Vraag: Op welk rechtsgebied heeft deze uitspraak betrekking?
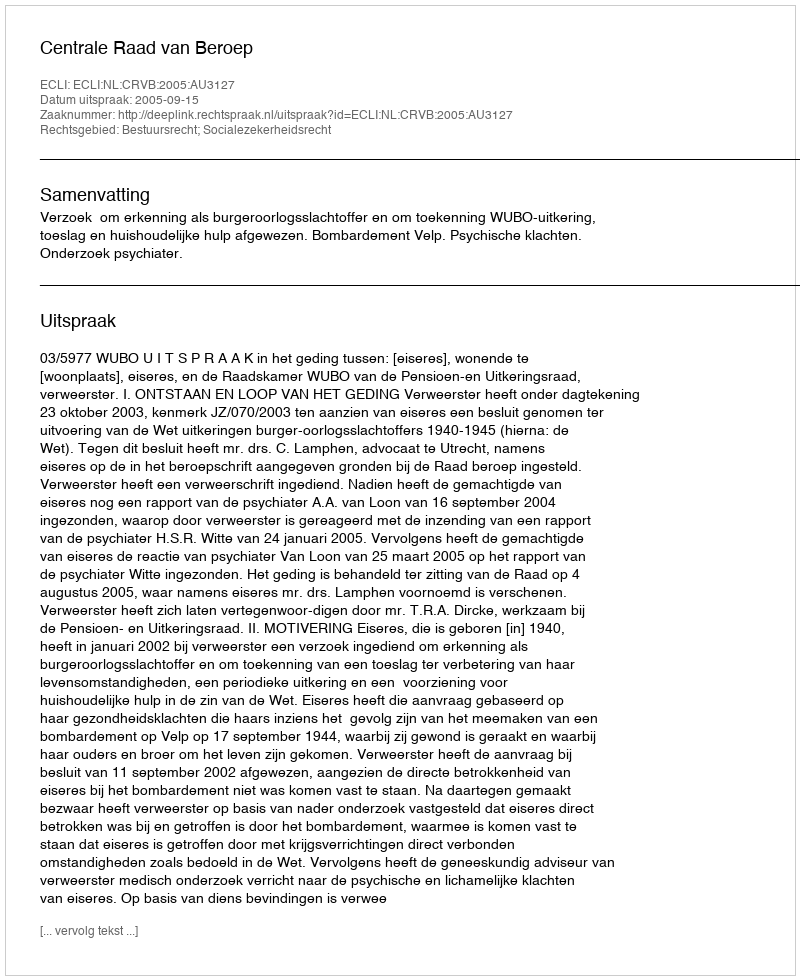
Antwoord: Bestuursrecht; Socialezekerheidsrecht